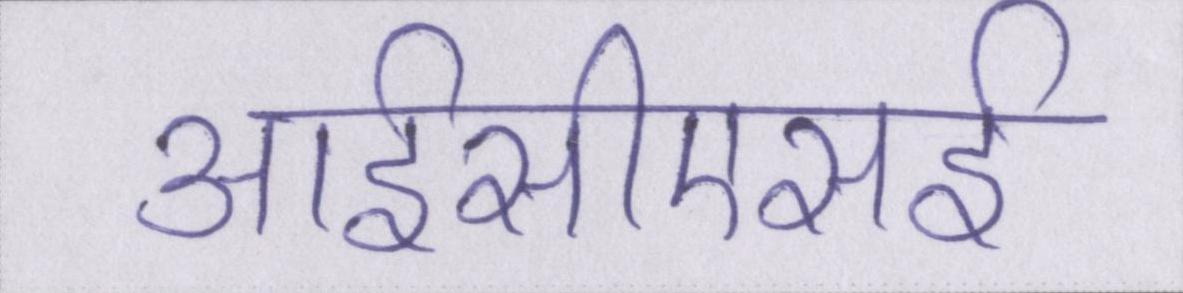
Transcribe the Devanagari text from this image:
आईसीएसई